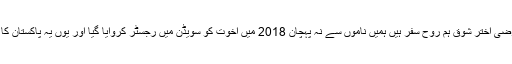
یہ انسانی خدمت کا سفر ہے جس کے نام بدلتے رہتے ہیں بقول رضی اختر شوق ہم روح سفر ہیں ہمیں ناموں سے نہ پہچان 2018 میں اخوت کو سویڈن میں رجسٹر کروایا گیا اور یوں یہ پاکستان کا واحد چئریٹی ادارہ ہے جو سویڈش حکومت کے پاس رجسٹر ہے۔